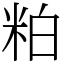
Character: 粕